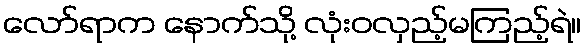
လော်ရာက နောက်သို့ လုံးဝလှည့်မကြည့်ရဲ။